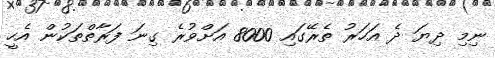
ނިމި ދިޔަ ދެ އަހަރު ތެރޭގައި 8000 އަށްވުރެ ގިނަ ފަރާތްތަކުން އެހީ